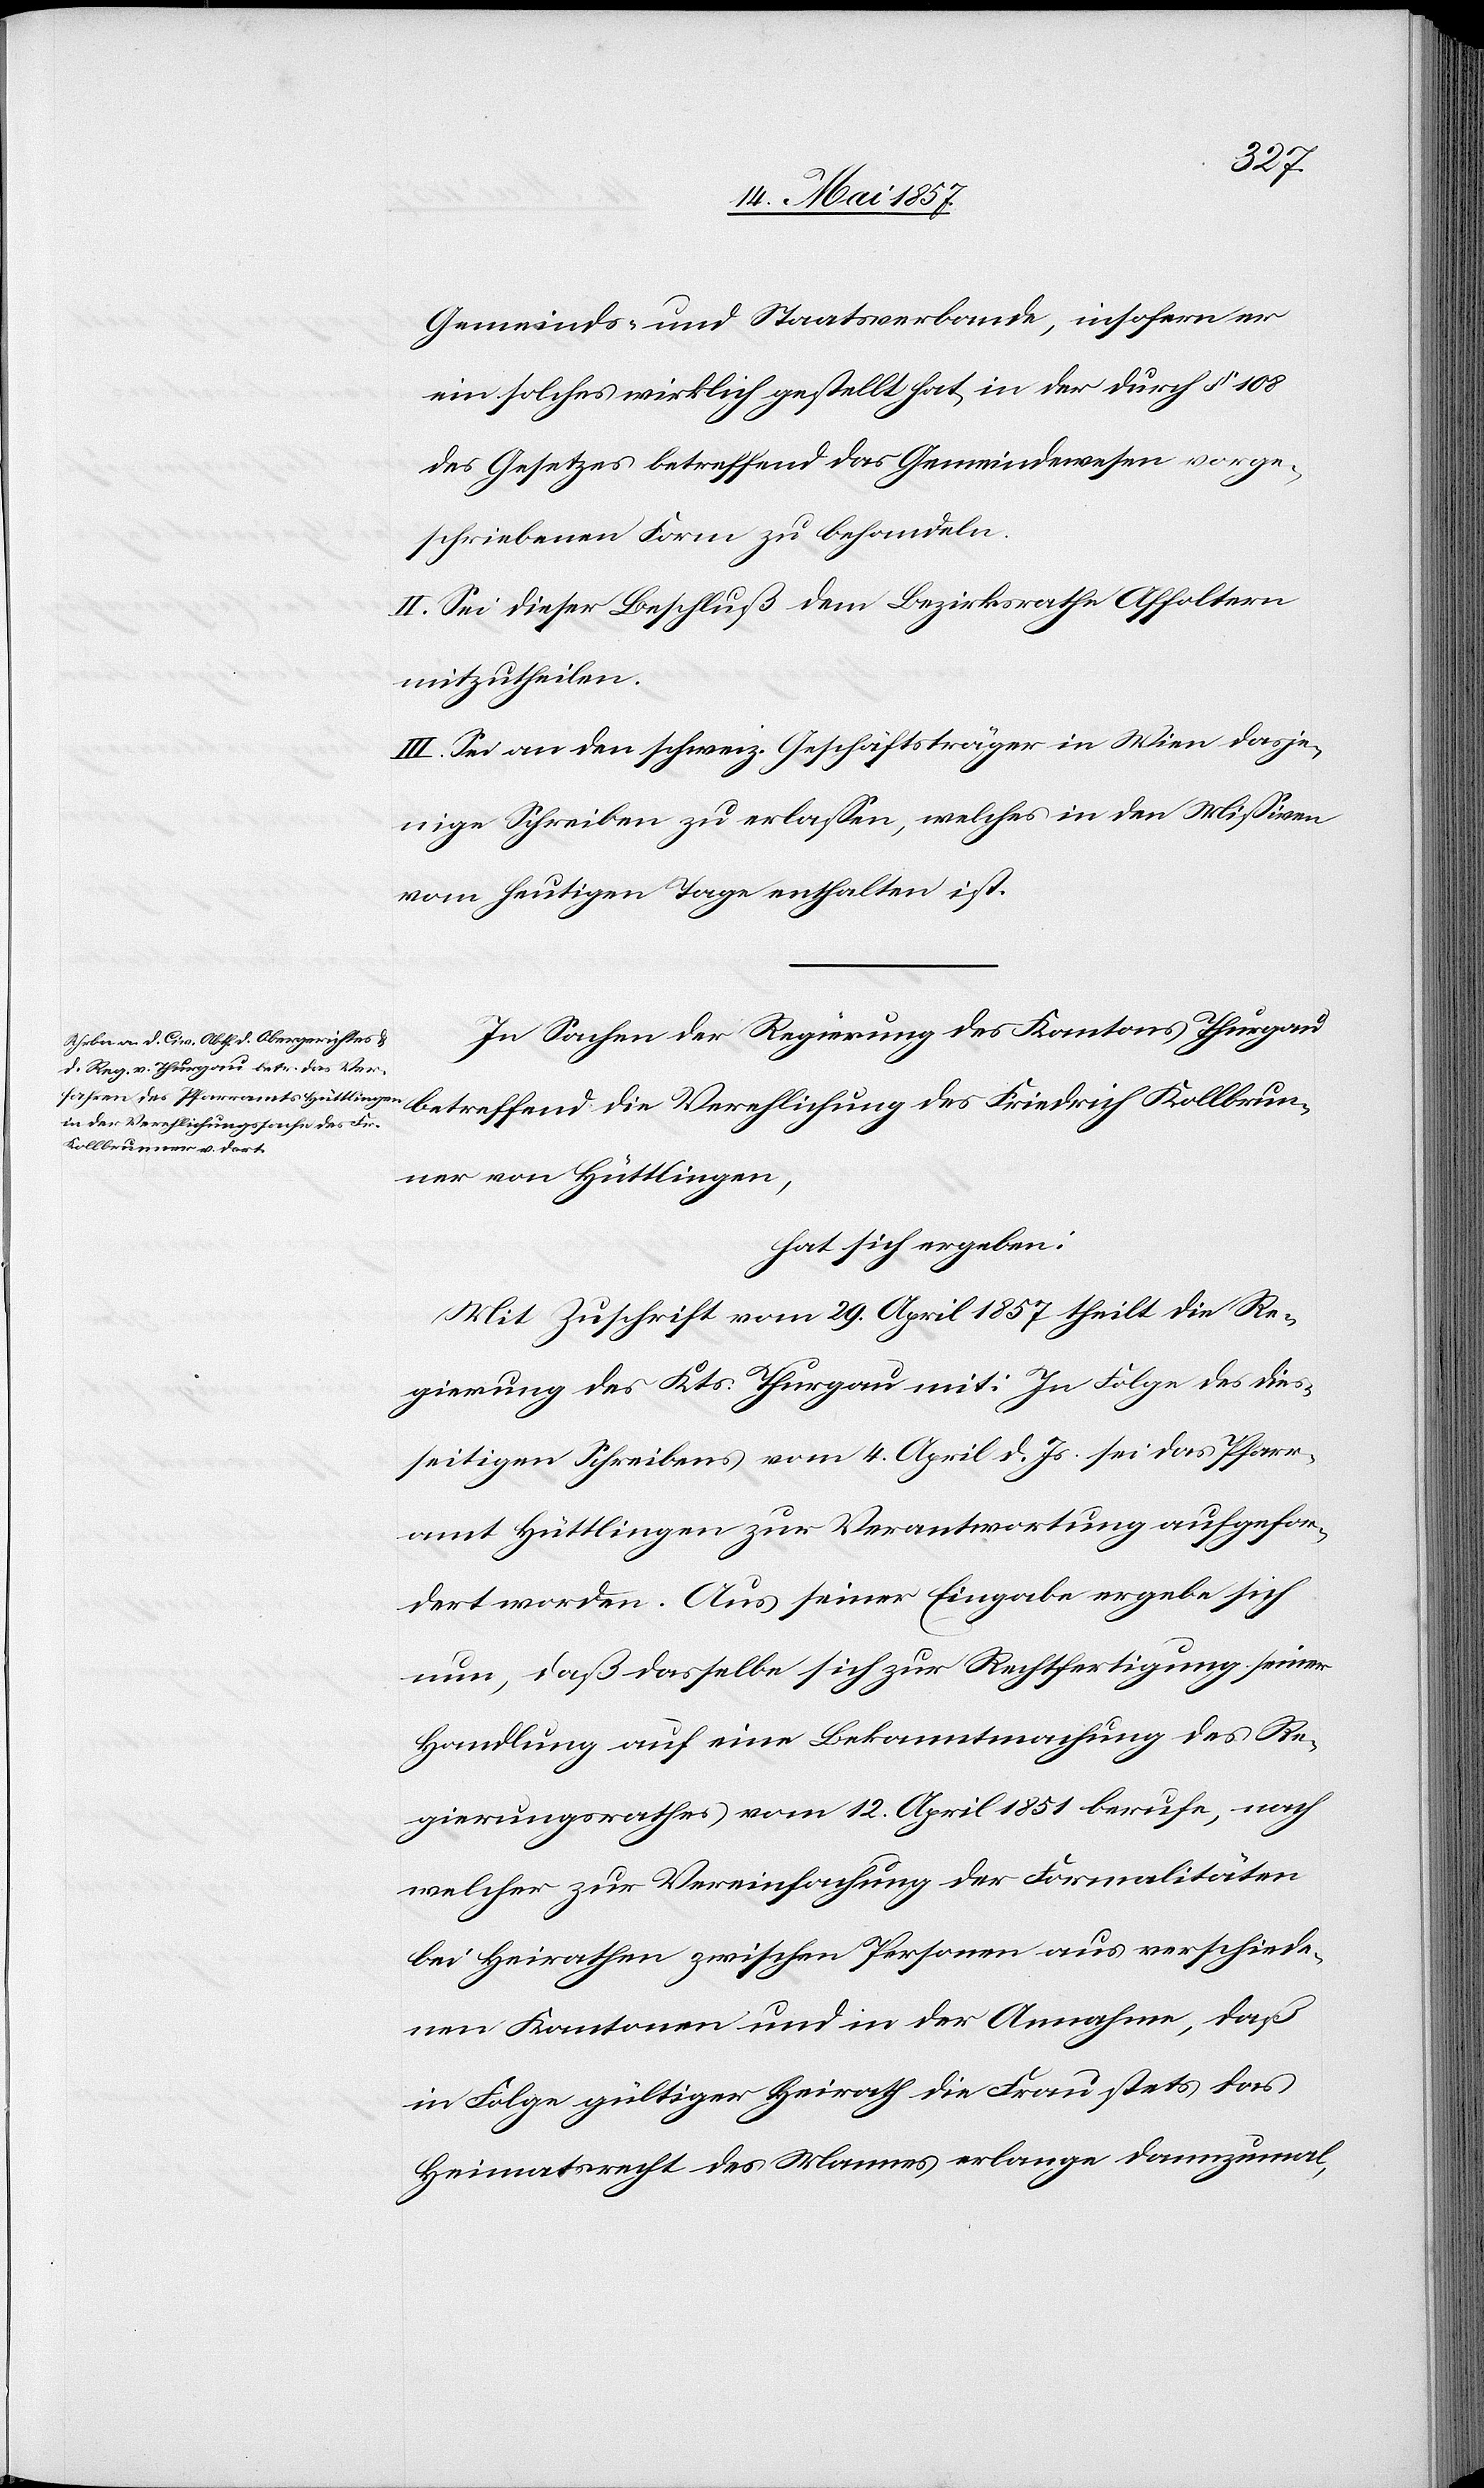
Kollbr¬
Gemeinds- und Staatsverbande, insofern er
ein solches wirklich gestellt hat in der durch § 108
des Gesetzes betreffend das Gemeindswesen vorge¬
schriebenen Form zu behandeln.
II. Sei dieser Beschluß dem Bezirksrathe Affoltern
mitzutheilen.
III. Sei an den schweiz. Geschäftsträger in Wien dasje¬
nige Schreiben zu erlassen, welches in den Missiven
vom heutigen Tage enthalten ist.
In Sachen der Regierung des Kantons Thurgau
unner von Hüttlingen,
hat sich ergeben:
Mit Zuschrift vom 29 April 1857 theilt die Re¬
gierung des Kts. Thurgau mit: In Folge des dies¬
seitigen Schreibens vom 4 April d. Js. sei das Pfarr¬
amt Hüttlingen zur Verantwortung aufgefor¬
dert worden. Aus seiner Eingabe ergebe sich
nun, daß dasselbe sich zur Rechtfertigung seiner
Handlung auf eine Bekanntmachung des Re¬
gierungsrathes vom 12 April 1851 berufe, nach
welcher zur Vereinfachung der Formalitäten
bei Heirathen zwischen Personen aus verschiede¬
nen Kantonen und in der Annahme, daß
in Folge gültiger Heirath die Frau stets das
Heimatsrecht des Mannes erlange dannzumal,